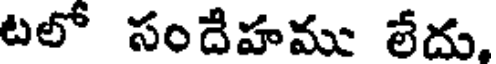
టలో సందేహము లేదు,